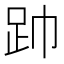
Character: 𮛆